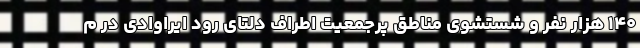
۱۴۰ هزار نفر و شستشوی مناطق پرجمعیت اطراف دلتای رود ایراوادی در م